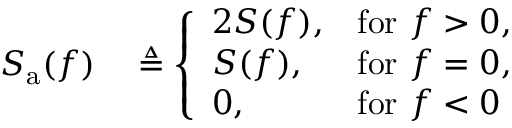
\begin{array} { r l } { S _ { \mathrm { a } } ( f ) } & { { } \triangleq { \left\{ \begin{array} { l l } { 2 S ( f ) , } & { { \mathrm { f o r } } \ f > 0 , } \\ { S ( f ) , } & { { \mathrm { f o r } } \ f = 0 , } \\ { 0 , } & { { \mathrm { f o r } } \ f < 0 } \end{array} \right. } } \end{array}